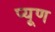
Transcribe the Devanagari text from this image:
प्यूण